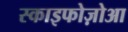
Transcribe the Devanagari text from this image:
स्काइफोज़ोआ